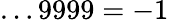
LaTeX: \dots 9999=-1